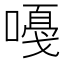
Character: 嘠